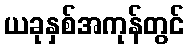
ယခုနှစ်အကုန်တွင်